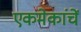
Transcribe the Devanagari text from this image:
एकमेकांचें